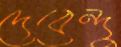
দেবেন্দু